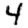
Digit: 4